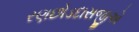
રણછોડદાસજીએ